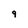
Character: 9